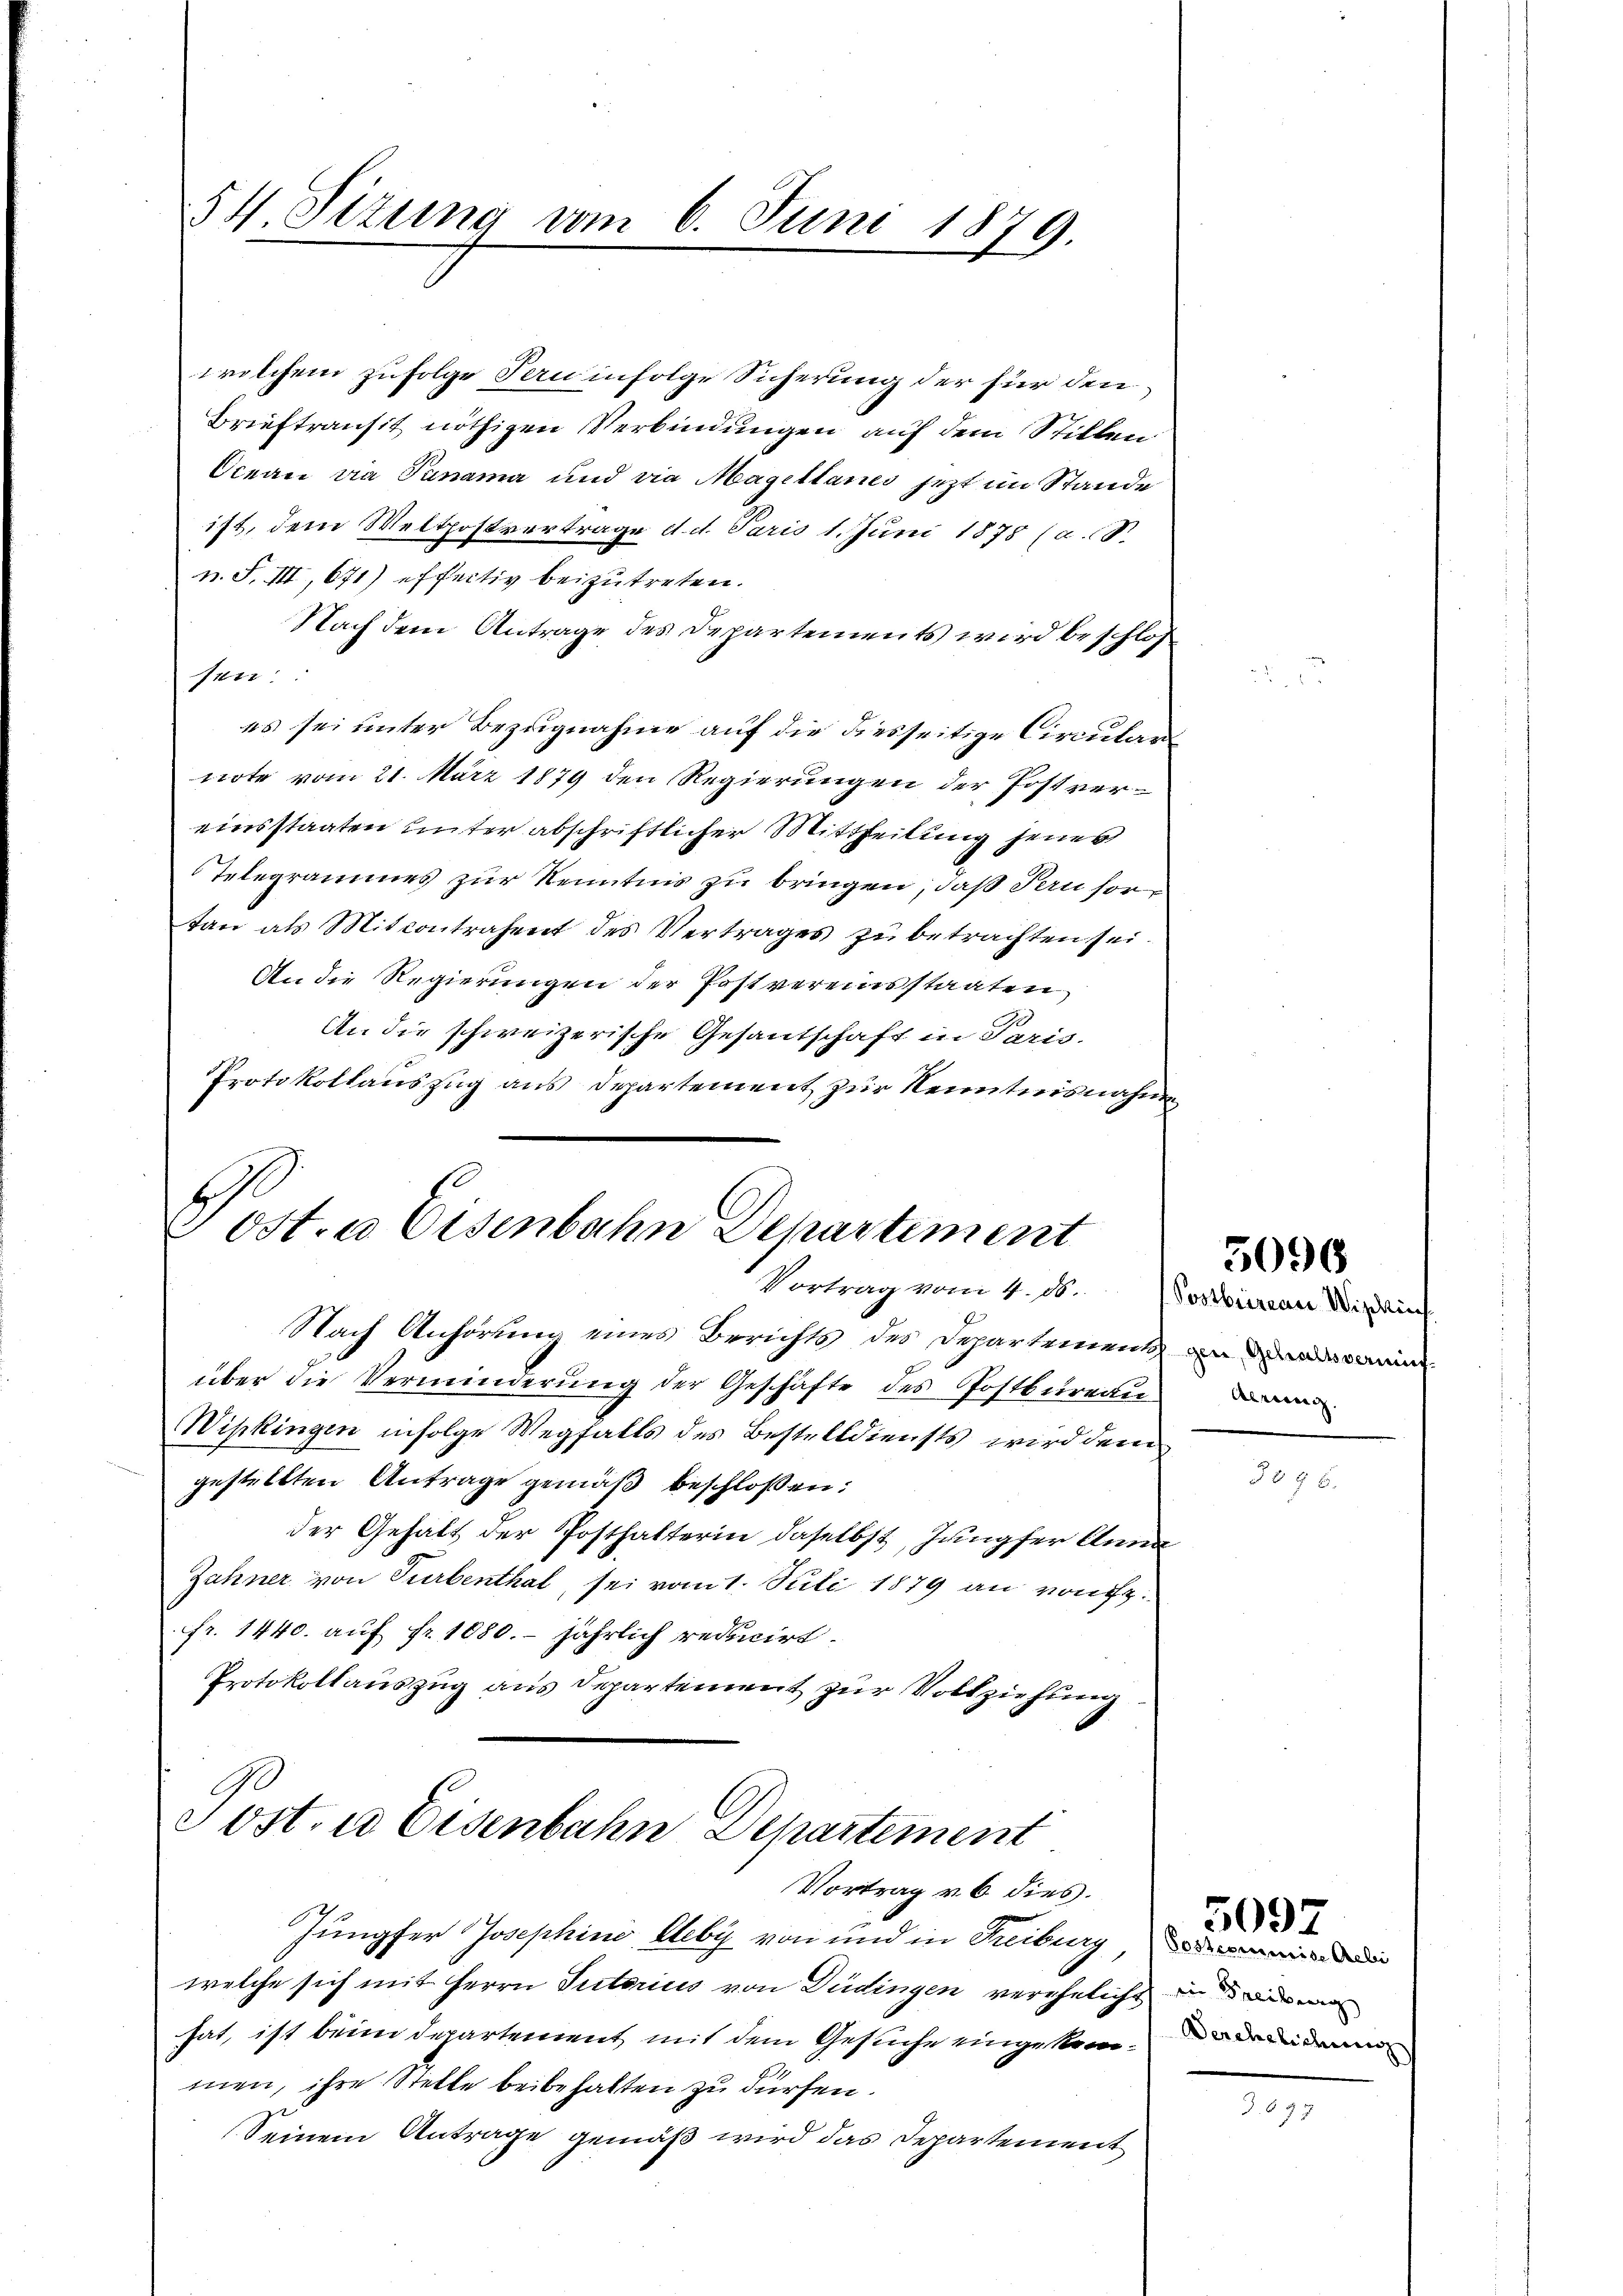
54. Sizung vom 6. Juni 1879.

wolchem zufolge den infolge Sicherung der für den
Brieftransit nöthigen Verbindungen auf dem Stillen
Ocean via Punama und die Mageltanes jetzt im Stande
ist, dem Weltpostvertrage et. d. Paris 1. Juni 1878 (a. O.
n. F. III, 671) effectiv beizutreten.
Nach dem Antrage des Departements wird beschloß
14.
es sei unter Bezugnahme auf die diesseitige Circular
note vom 21. März 1879 den Regierungen der Postver-
einsstaaten unter abschriftlicher Mittheilung jenes
Telegrames zur Kenntnis zu bringen, daß Peu sortan als Mitcontrahent des Vertrages zŭ betrachten sei.
An die Regierungen der Postvereinsstaaten,
An die schweizerische Gesantschaft in Paris.
Protokollauszug aus Departement zur Kenntnisnahme

Tost. a Eisenbahn Departement
Vortrag vom 4. ds.

Nach Anhörung eines Berichts des Departements namen
über die Verminderŭng der Geschäfte des Postbüreau m
Wipkingen infolge Wegfalls des Bestelldiensts wird dem
gestellten Antrage gemäß beschlossen:
der Gehalt der Posthalterin daselbst, Jungfer Anna
Zähner von Turbenthal, sei vom 1. Juli 1879 an von fr.
Fr. 1440. auf Fr. 1080. jährlich reducirt.
Protokollauszug aus Departement zur Vollziehung

Sost, in Eisenbahn Departement
Vortrag v. 6. dies.

Jungfer Josephine Deby von und in Freiburg
welche sich mit Herrn Sutorius von Düdingen vereheliche in die
hat, ist beim Departement mit dem Gesuche eingekommender
men, ihre Stelle beibehalten zu dürfen.
Seinem Antrage gemäß wird das Departement

Postbureau Wipkich

5090

No 96

Posterimise Gebi

5097

d. § 77